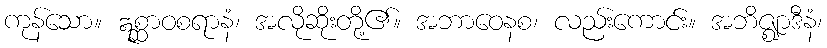
ကုန်သော။ ဣစ္ဆာဝစရာနံ၊ အလိုဆိုးတို့၏။ အဘာဝေနစ၊ လည်းကောင်း။ အဘိဇ္ဈာဒီနံ၊